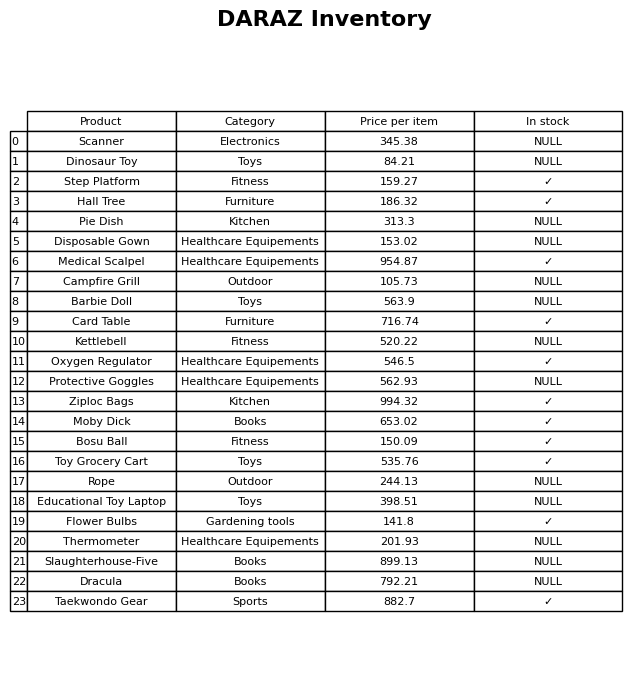
question: What is the price for Campfire Grill?
answer: The price of Campfire Grill is 105.73.